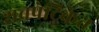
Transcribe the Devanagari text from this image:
शवपेटिकेत